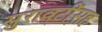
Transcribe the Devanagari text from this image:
सुरावटींसह